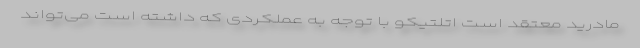
مادرید معتقد است اتلتیکو با توجه به عملکردی که داشته است می‌تواند